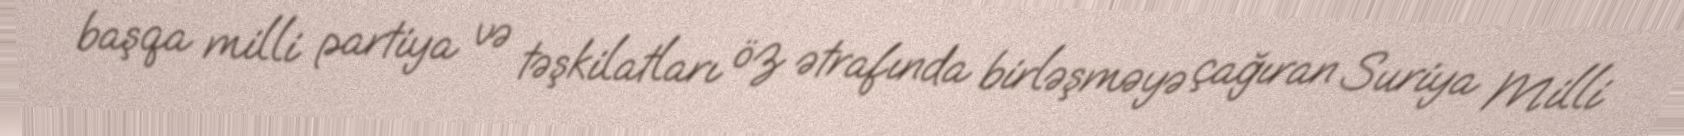
başqa milli partiya və təşkilatları öz ətrafında birləşməyə çağıran Suriya Milli